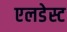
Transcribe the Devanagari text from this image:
एलडेस्ट